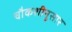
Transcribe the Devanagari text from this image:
चौकशीनुसार